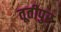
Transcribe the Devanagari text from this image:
तूतीपुर